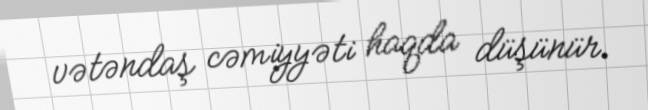
vətəndaş cəmiyyəti haqda düşünür.